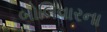
બોલિવારના